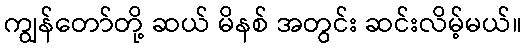
ကျွန်တော်တို့ ဆယ် မိနစ် အတွင်း ဆင်းလိမ့်မယ်။